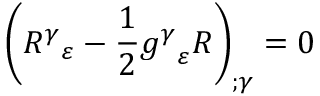
\left( { R ^ { \gamma } } _ { \varepsilon } - { \frac { 1 } { 2 } } { g ^ { \gamma } } _ { \varepsilon } R \right) _ { ; \gamma } = 0